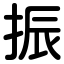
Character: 振